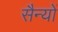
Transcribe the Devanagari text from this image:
सैन्यों